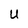
Character: U